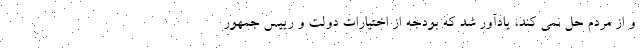
و از مردم حل نمی کند، یادآور شد که بودجه از اختیارات دولت و رییس جمهور